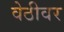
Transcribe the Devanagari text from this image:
वेठीवर